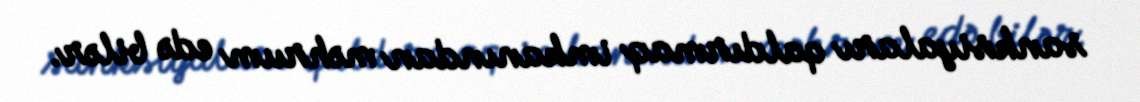
sanksiyaları qaldırmaq imkanından məhrum edə bilər.